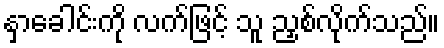
နှာခေါင်းကို လက်ဖြင့် သူ ညှစ်လိုက်သည်။